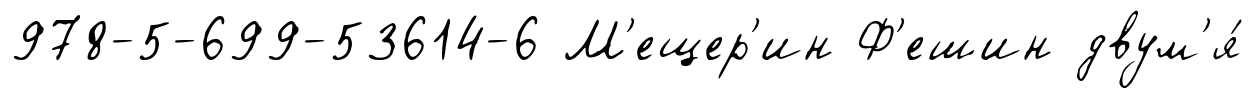
978-5-699-53614-6 М'ещер'ин Ф'ешин двум'я́